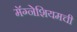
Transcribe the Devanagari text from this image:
मॅग्नेशियमची